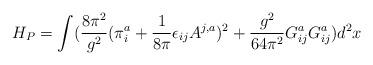
LaTeX: \begin{align*}H_P = \int(\frac{8\pi^{2}}{g^{2}}(\pi^{a}_{i} +\frac{1}{8\pi} \epsilon_{ij}A^{j,a})^{2} + \frac{g^{2}}{64\pi^{2}}G^{a}_{ij}G^{a}_{ij})d^{2}x \end{align*}